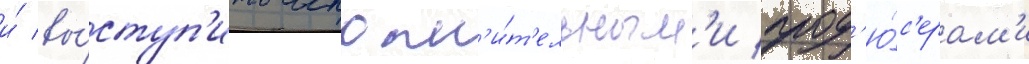
и́ вы́ступ'ить исполн'и́т'ельным'и прод'ю́с'ерам'и